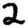
Digit: 2